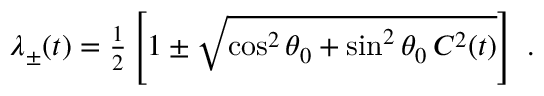
\begin{array} { r } { \lambda _ { \pm } ( t ) = \frac { 1 } { 2 } \left[ 1 \pm \sqrt { \cos ^ { 2 } \theta _ { 0 } + \sin ^ { 2 } \theta _ { 0 } \, C ^ { 2 } ( t ) } \right] \ . } \end{array}